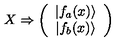
X \Rightarrow \left( \begin{array} { c } { \vert f _ { a } ( x ) \rangle } \\ { \vert f _ { b } ( x ) \rangle } \\ \end{array} \right)